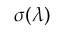
\sigma ( \lambda )